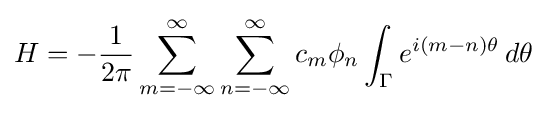
H=-{\frac {1}{2\pi }}\sum _{m=-\infty }^{\infty }\sum _{n=-\infty }^{\infty }c_{m}\phi _{n}\int _{\Gamma }e^{i(m-n)\theta }\,d\theta